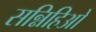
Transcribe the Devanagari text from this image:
सन्निहिओ